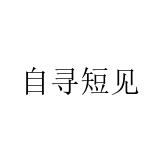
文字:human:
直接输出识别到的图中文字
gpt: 自寻短见